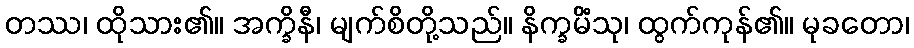
တဿ၊ ထိုသား၏။ အက္ခိနီ၊ မျက်စိတို့သည်။ နိက္ခမိံသု၊ ထွက်ကုန်၏။ မုခတော၊